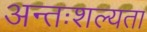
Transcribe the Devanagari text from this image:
अन्तःशल्यता